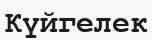
Күйгелек